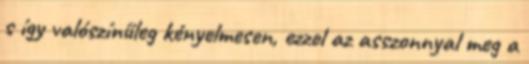
s így valószínűleg kényelmesen, ezzel az asszonnyal meg a